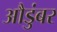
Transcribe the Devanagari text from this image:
औडुंबर